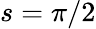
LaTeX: s=\pi/2